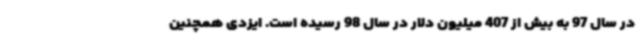
در سال 97 به بیش از 407 میلیون دلار در سال 98 رسیده است. ایزدی همچنین